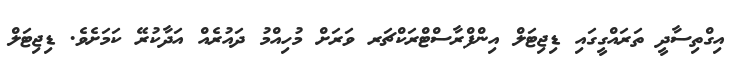
އިގްތިސާދީ ތަރައްގީގައި ޑިޖިޓަލް އިންފްރާސްޓްރަކްޗަރ ވަރަށް މުހިއްމު ދައުރެއް އަދާކުރޭ ކަމަށެވެ. ޑިޖިޓަލް